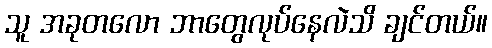
သူ အခုတလော ဘာတွေလုပ်နေလဲသိ ချင်တယ်။